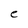
Character: e